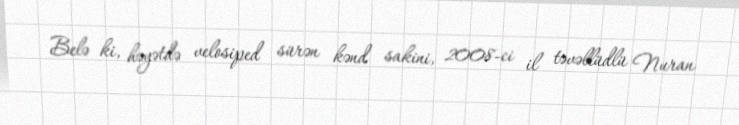
Belə ki, həyətdə velosiped sürən kənd sakini, 2008-ci il təvəllüdlü Nuran